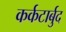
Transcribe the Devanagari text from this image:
कर्कटार्बुद